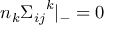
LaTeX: n _ { k } { { \Sigma } _ { i j } } ^ { k } { \vert } _ { - } = 0